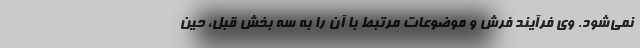
نمی‌شود. وی فرآیند فرش و موضوعات مرتبط با آن را به سه بخش قبل، حین